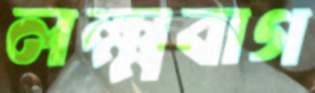
লক্ষ্মবাগ